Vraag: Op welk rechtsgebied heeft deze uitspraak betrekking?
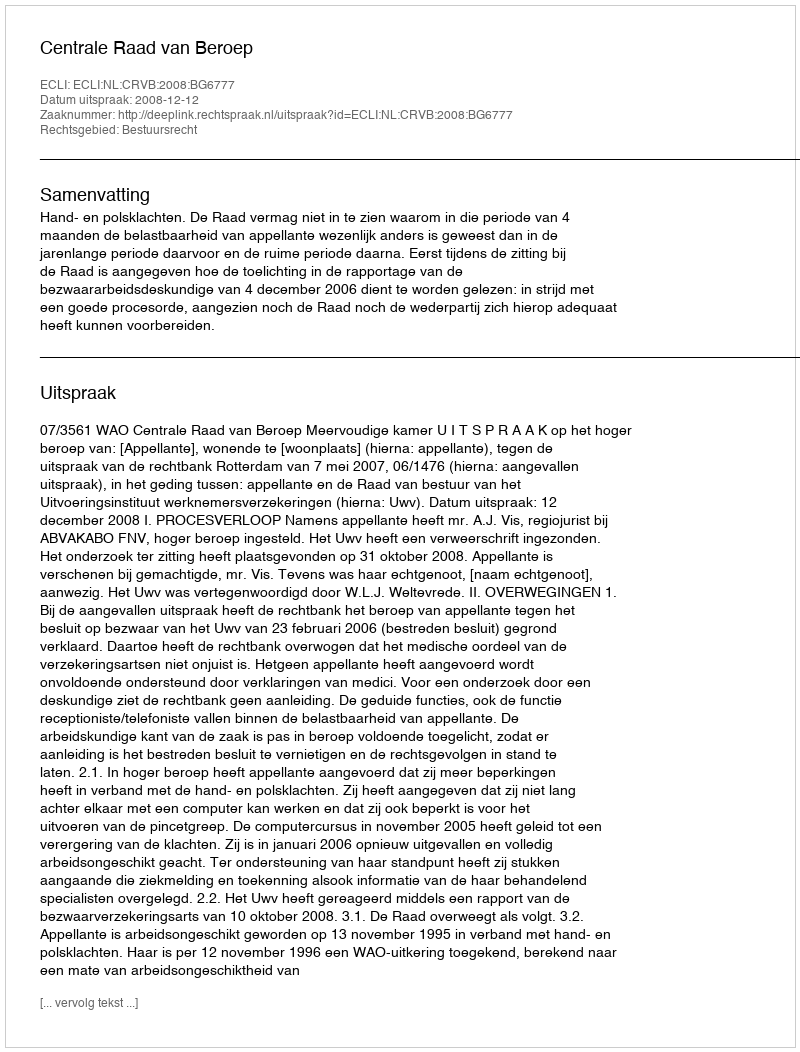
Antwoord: Bestuursrecht